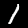
Label: 1